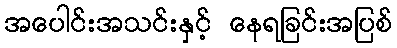
အပေါင်းအသင်းနှင့် နေရခြင်းအပြစ်